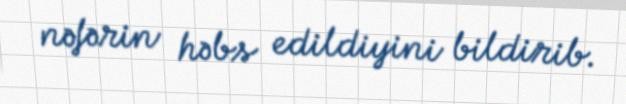
nəfərin həbs edildiyini bildirib.